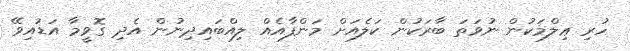
ހުރި ޢިލްމަކުން ނުވަތަ ބާރަކުން ކަލެއަށް މަންފާއެއް ލިއްބައިދިނުން އެދި ގޮވީމާ އަޑުއިވޭ